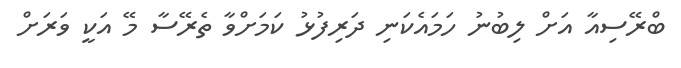
ބްރޭސިއާ އަށް ލިބުނު ހަމައެކަނި ދަރިފުޅު ކަމަށްވާ ތެރޭސާ މޭ އަކީ ވަރަށް